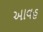
આવહ